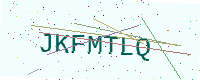
Text: JKFMTLQ